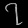
Digit: ၇